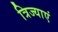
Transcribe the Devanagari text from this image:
त्रिज्याएं